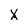
Character: x